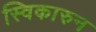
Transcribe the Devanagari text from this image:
स्विकारुन